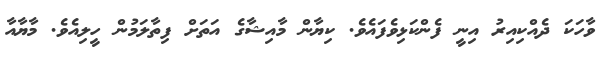
ވާހަކަ ދެއްކިއިރު އިނީ ފެންކަޅިވެފައެވެ. ކިޔާން މާއިޝާގެ އަތަށް ފިތާލަމުން ހީލިއެވެ. މާޔާއާ